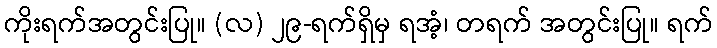
ကိုးရက်အတွင်းပြု။ (လ) ၂၉-ရက်ရှိမှ ရအံ့၊ တရက် အတွင်းပြု။ ရက်